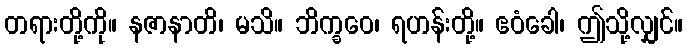
တရားတို့ကို။ နဇာနာတိ၊ မသိ။ ဘိက္ခဝေ၊ ရဟန်းတို့။ ဧဝံခေါ၊ ဤသို့လျှင်။